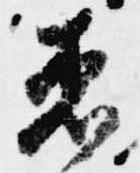
着